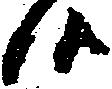
候